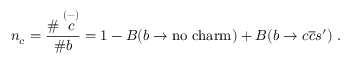
n _ { c } = \frac { \# \stackrel { ( - ) } { c } } { \# b } = 1 - B ( b \rightarrow \mathrm { n o } \; \mathrm { c h a r m } ) + B ( b \rightarrow c \overline { { c } } s ^ { \prime } ) \; .